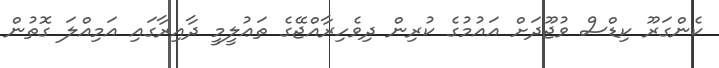
ކެންގަރޫ ކިޑްސް ވުޖޫދަށް އައުމުގެ ކުރިން ދިވެހިރާއްޖޭގެ ތަޢުލީމީ ދާއިރާގައި އަމިއްލަ ގޮތުން